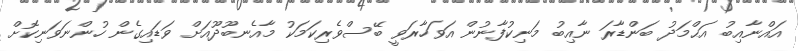
އައްނާއިބު އަޙްމަދު ބަންޑާރަ ނާއިބު މަނިކުފާނުން އަވަހާރަވީ ބޭސްވެރިކަމަކު މާއެނބޫދޫއަށް ވަޑައިގެން ހުންނަވަނިކޮށް